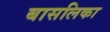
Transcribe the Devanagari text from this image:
बासलिका